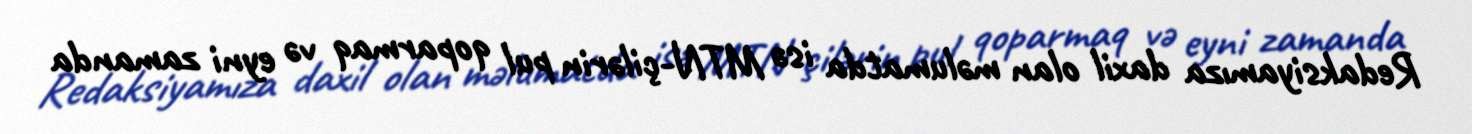
Redaksiyamıza daxil olan məlumatda isə MTN-çilərin pul qoparmaq və eyni zamanda